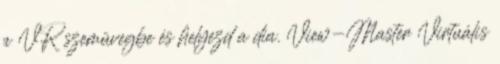
a VR szemüvegbe és helyezd a dia. View-Master Virtuális